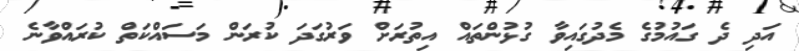
އަދި ދެ ގައުމުގެ މެދުގައިވާ ގުޅުންތައް އިތުރަށް ވަރުގަދަ ކުރަން މަސައްކަތް ކުރައްވާނެ